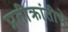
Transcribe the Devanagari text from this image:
प्रतीक्रांतीचे